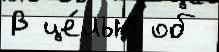
В це́лью об